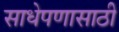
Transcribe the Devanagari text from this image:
साधेपणासाठी